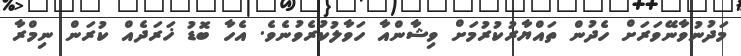
މަދުނުވާނޭވަރަށް ހެދުން ތައްޔާރުކުރުމަށް ވިޝާންއާ ހަވާލުކުރެވުނެވެ. އެހާ ބޮޑު ޚަރަދެއް ކުރަން ނިމްރާ